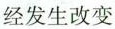
经发生改变